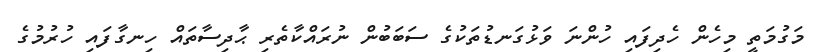
މަގުމަތީ މިހެން ހެދިފައި ހުންނަ ވަޅުގަނޑުތަކުގެ ސަބަބުން ނުރައްކާތެރި ޙާދިސާތައް ހިނގާފައި ހުރުމުގެ